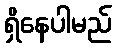
ရှိနေပါမည်